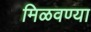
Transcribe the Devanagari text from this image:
मिळवण्या